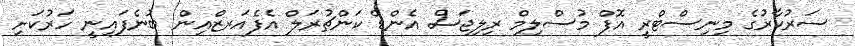
ސަރުކާރުގެ މިނިސްޓްރީ އޮފް މުސްލިމް ރިލިޖަސް އެންޑް ކަންޗުރަލް އެފެއަރޒްއިން ބުނެފައިނީ ހަރުކަށި